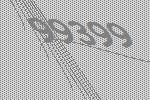
99399